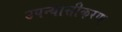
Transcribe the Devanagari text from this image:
उपन्‍यासीकरण